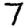
Digit: 7